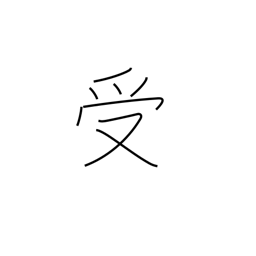
Meaning: catch